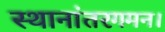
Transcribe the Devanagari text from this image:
स्थानांतरगमन।